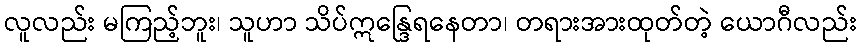
လူလည်း မကြည့်ဘူး၊ သူဟာ သိပ်ဣန္ဒြေရနေတာ၊ တရားအားထုတ်တဲ့ ယောဂီလည်း